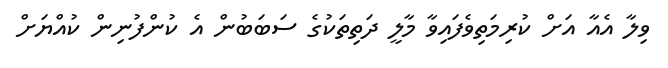
ވިލާ އެއާ އަށް ކުރިމަތިވެފައިވާ މާލީ ދަތިތަކުގެ ސަބަބުން އެ ކުންފުނިން ކުއްޔަށް